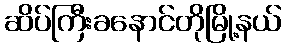
ဆိပ်ကြီးခနောင်တိုမြို့နယ်